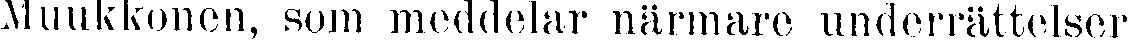
Muukkonen, som meddelar närmare underrättelser